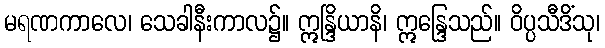
မရဏကာလေ၊ သေခါနီးကာလ၌။ ဣန္ဒြိယာနိ၊ ဣန္ဒြေသည်။ ဝိပ္ပသီဒိံသု၊